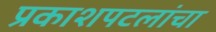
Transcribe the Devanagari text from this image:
प्रकाशपटलांचा